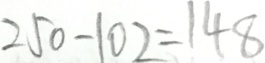
2 5 0 - 1 0 2 = 1 4 8